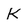
Character: K